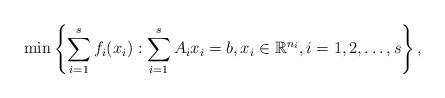
LaTeX: \begin{align*}\min\left\{\sum _{i=1}^s f_i(x_{i}): \sum_{i=1}^s A_i x_i=b, x_i \in \mathbb{R}^{n_i}, i=1,2,\dots,s\right\},\end{align*}